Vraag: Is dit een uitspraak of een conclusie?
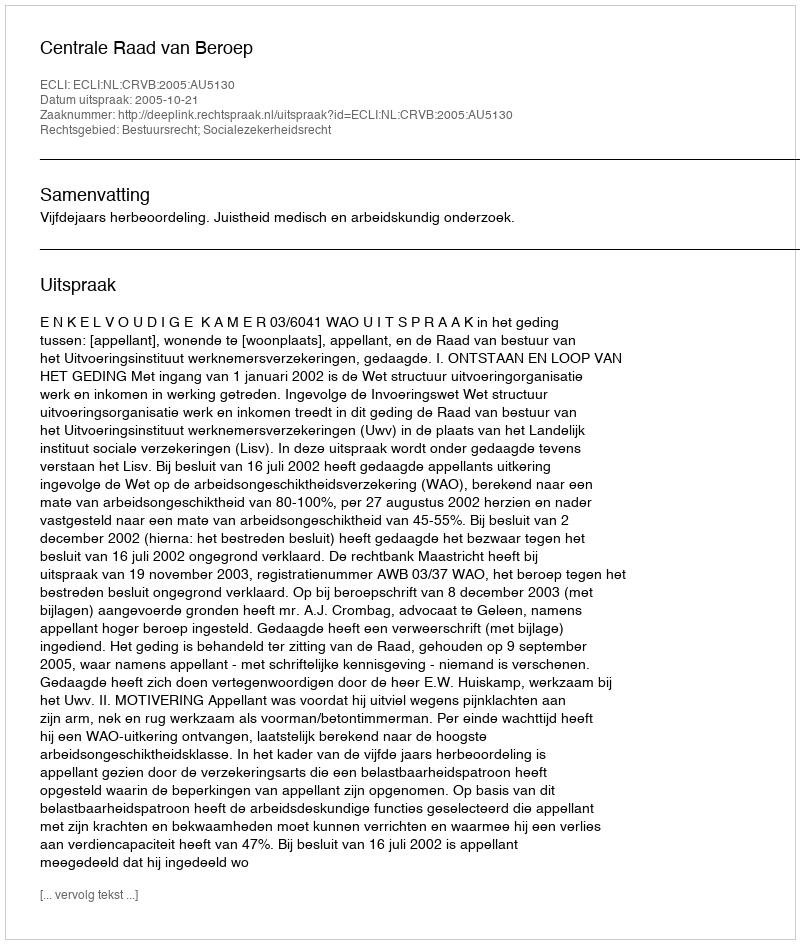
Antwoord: Uitspraak